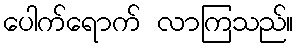
ပေါက်ရောက် လာကြသည်။